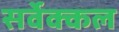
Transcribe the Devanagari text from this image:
सर्वेक्कल